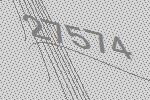
27574